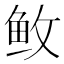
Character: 𱇕